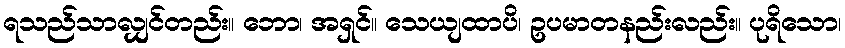
ရသည်သာလျှင်တည်း။ ဘော၊ အရှင်။ သေယျထာပိ၊ ဥပမာတနည်းလည်း။ ပုရိသော၊